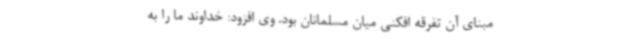
مبنای آن تفرقه افکنی میان مسلمانان بود. وی افزود: خداوند ما را به